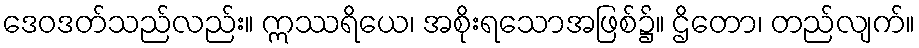
ဒေဝဒတ်သည်လည်း။ ဣဿရိယေ၊ အစိုးရသောအဖြစ်၌။ ဌိတော၊ တည်လျက်။